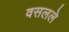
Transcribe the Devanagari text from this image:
वसलले